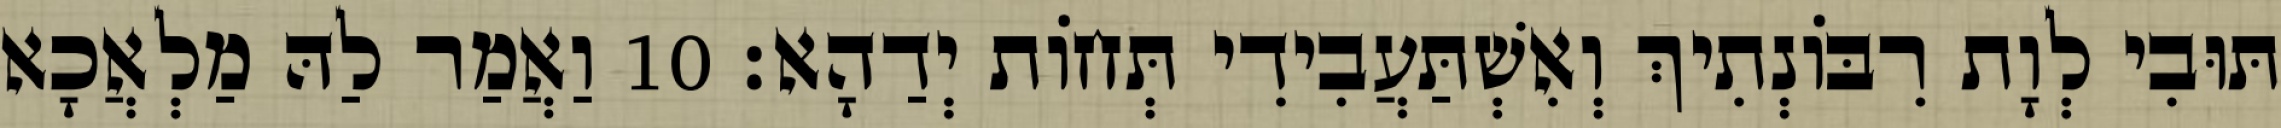
תּוּבִי לְוָת רִבּוֹנְתִיךְ וְאִשְׁתַּעֲבִידִי תְּחוֹת יְדַהָא׃ 10 וַאֲמַר לַהּ מַלְאֲכָא